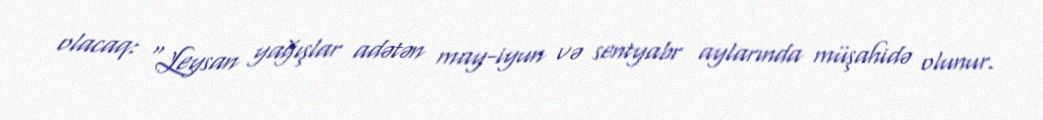
olacaq: “Leysan yağışlar adətən may-iyun və sentyabr aylarında müşahidə olunur.